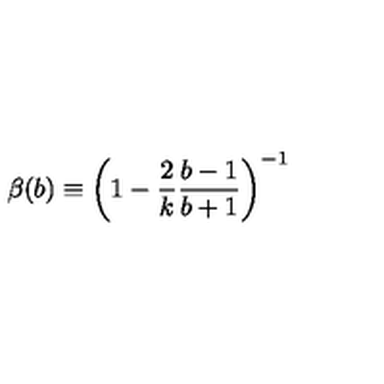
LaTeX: \beta ( b ) \equiv \left( 1 - \frac { 2 } { k } \frac { b - 1 } { b + 1 } \right) ^ { - 1 }